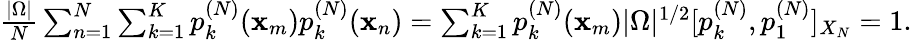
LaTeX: \begin{array}{r}{\frac{|\Omega|}{N}\sum_{n=1}^{N}\sum_{k=1}^{K}p_{k}^{(N)}(\mathbf{x}_{m})p_{k}^{(N)}(\mathbf{x}_{n})=\sum_{k=1}^{K}p_{k}^{(N)}(\mathbf{x}_{m})|\Omega|^{1/2}[p_{k}^{(N)},p_{1}^{(N)}]_{X_{N}}=1.}\end{array}